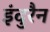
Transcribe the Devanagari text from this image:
इंदुरैन